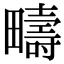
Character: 疇